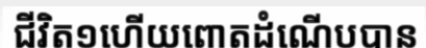
ជីវិត១ហើយពោតដំណើបបាន